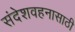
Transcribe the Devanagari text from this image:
संदेशवहनासाठी